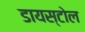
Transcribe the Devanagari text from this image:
डायस्टोल